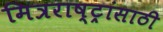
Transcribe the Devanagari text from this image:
मित्रराष्ट्रांसाठी